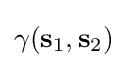
\gamma (\mathbf {s} _{1},\mathbf {s} _{2})